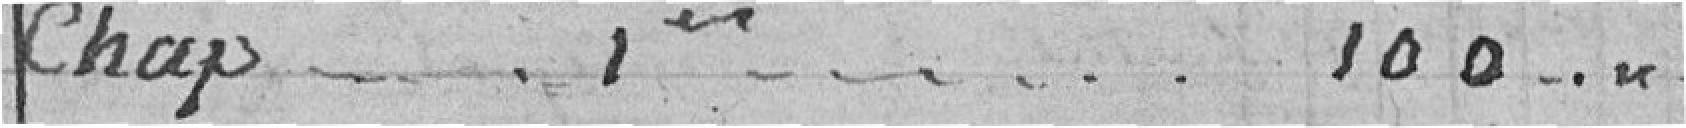
Chap. 1er.... 100